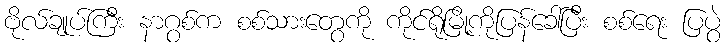
ဗိုလ်ချုပ်ကြီး နာဂွစ်က စစ်သားတွေကို ကိုင်ရိုမြို့ကိုပြန်ခေါ်ပြီး စစ်ရေး ပြပွဲ